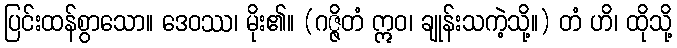
ပြင်းထန်စွာသော။ ဒေဝဿ၊ မိုး၏။ (ဂဇ္ဇိတံ ဣဝ၊ ချုန်းသကဲ့သို့။) တံ ဟိ၊ ထိုသို့